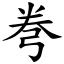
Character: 弮